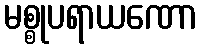
မစ္စုပရာယဏော